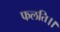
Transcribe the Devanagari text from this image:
फलति।।